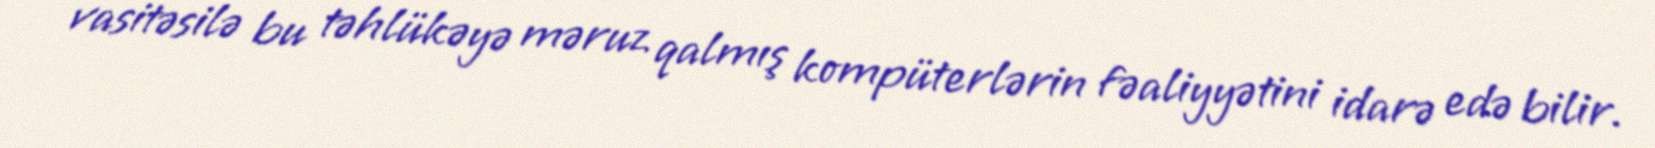
vasitəsilə bu təhlükəyə məruz qalmış kompüterlərin fəaliyyətini idarə edə bilir.